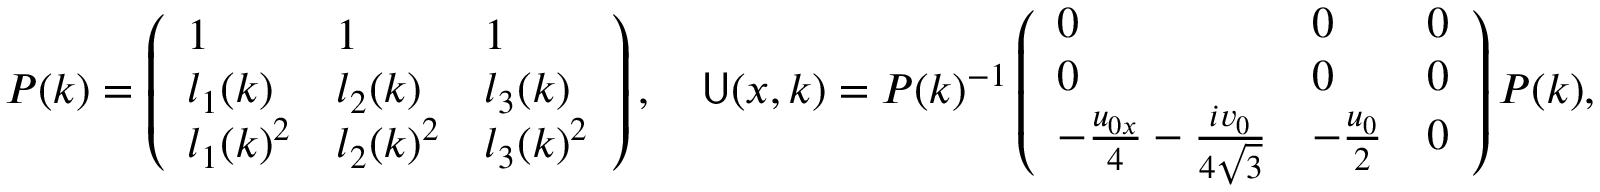
\begin{array} { r } { P ( k ) = \left( \begin{array} { l l l } { 1 } & { 1 } & { 1 } \\ { l _ { 1 } ( k ) } & { l _ { 2 } ( k ) } & { l _ { 3 } ( k ) } \\ { l _ { 1 } ( k ) ^ { 2 } } & { l _ { 2 } ( k ) ^ { 2 } } & { l _ { 3 } ( k ) ^ { 2 } } \end{array} \right) , \quad \mathsf { U } ( x , k ) = P ( k ) ^ { - 1 } \left( \begin{array} { l l l } { 0 } & { 0 } & { 0 } \\ { 0 } & { 0 } & { 0 } \\ { - \frac { u _ { 0 x } } { 4 } - \frac { i v _ { 0 } } { 4 \sqrt { 3 } } } & { - \frac { u _ { 0 } } { 2 } } & { 0 } \end{array} \right) P ( k ) , } \end{array}